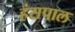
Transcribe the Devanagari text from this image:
हंसपाल